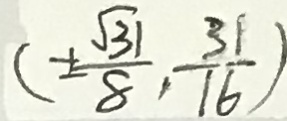
( \pm \frac { \sqrt { 3 1 } } { 8 } , \frac { 3 1 } { 1 6 } )